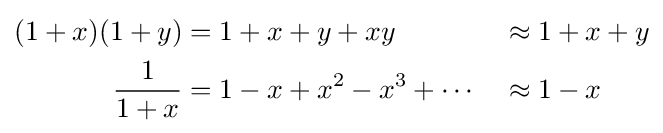
{\begin{aligned}(1+x)(1+y)&=1+x+y+xy&&\approx 1+x+y\\{\frac {1}{1+x}}&=1-x+x^{2}-x^{3}+\cdots &&\approx 1-x\end{aligned}}